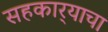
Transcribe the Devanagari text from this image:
सहकार्‍याचा